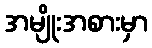
အမျိုးအစားမှာ